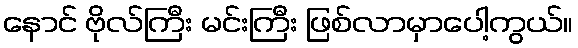
နောင် ဗိုလ်ကြီး မင်းကြီး ဖြစ်လာမှာပေါ့ကွယ်။